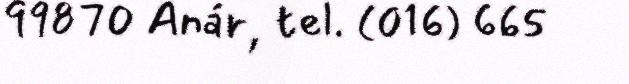
99870 Anár, tel. (016) 665